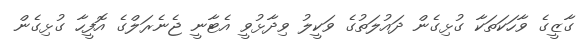
ގާޒީގެ ވާހަކަތަކާ ގުޅިގެން ދައުލަތުގެ ވަކީލު ވިދާޅުވީ އެޓާނީ ޖެނެރަލްގެ އޮފީހާ ގުޅިގެން